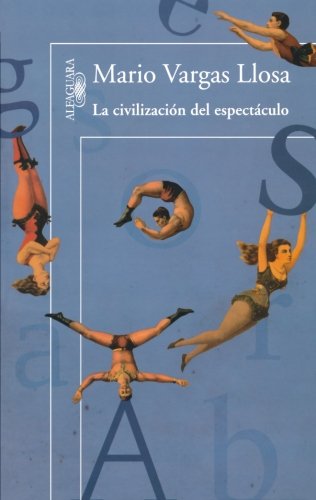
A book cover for La civilizaciÃ³n del espectÃ¡culo (Spanish Edition); Mario Vargas Llosa; Literature & Fiction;